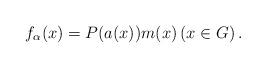
LaTeX: \begin{align*} f_{\alpha}(x)= P(a(x))m(x) \left(x\in G\right). \end{align*}